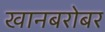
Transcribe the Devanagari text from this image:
खानबरोबर